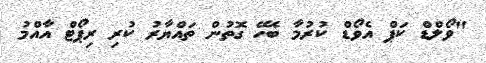
"ވޯލްޑް ކަޕް އެވޯޑް ކުރުމާ ބެހޭ ގޮތުން ތައްޔާރު ކުރި ރިޕޯޓް އާއްމު